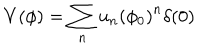
V ( \phi ) = \sum _ { n } u _ { n } \left( \phi _ { 0 } \right) ^ { n } \delta ( 0 )